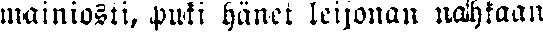
mainiosti, puki hänet leijonan nahkaan